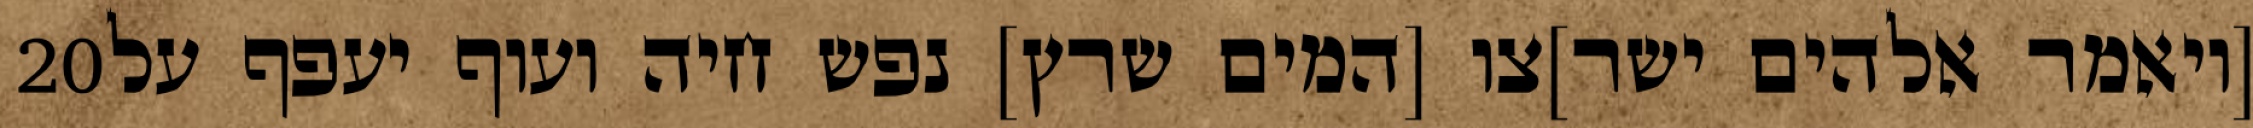
‎20‏ [ויאמר אלהים ישר]צו [המים שרץ] נפש חיה ועוף יעפף על